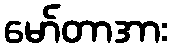
မော်တာအား